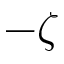
- \zeta